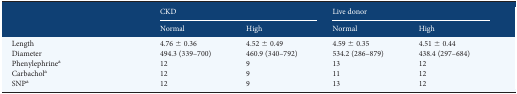
<table><thead><tr><td rowspan="2"></td><td colspan="2"><b>CKD</b></td><td colspan="2"><b>Live donor</b></td><td></td></tr><tr><td><b>Normal</b></td><td><b>High</b></td><td><b>Normal</b></td><td><b>High</b></td><td></td></tr></thead><tbody><tr><td>Length</td><td>4.76 ± 0.36</td><td>4.52 ± 0.49</td><td>4.59 ± 0.35</td><td>4.51 ± 0.44</td><td></td></tr><tr><td>Diameter</td><td>494.3 (339–700)</td><td>460.9 (340–792)</td><td>534.2 (286–879)</td><td>438.4 (297–684)</td><td></td></tr><tr><td>Phenylephrine<sup>a</sup></td><td>12</td><td>9</td><td>13</td><td>12</td><td></td></tr><tr><td>Carbachol<sup>a</sup></td><td>12</td><td>9</td><td>11</td><td>12</td><td></td></tr><tr><td>SNP<sup>a</sup></td><td>12</td><td>9</td><td>13</td><td>12</td><td></td></tr></tbody></table>